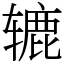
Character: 辘